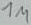
Text: 1M